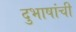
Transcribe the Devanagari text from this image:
दुभाषांची